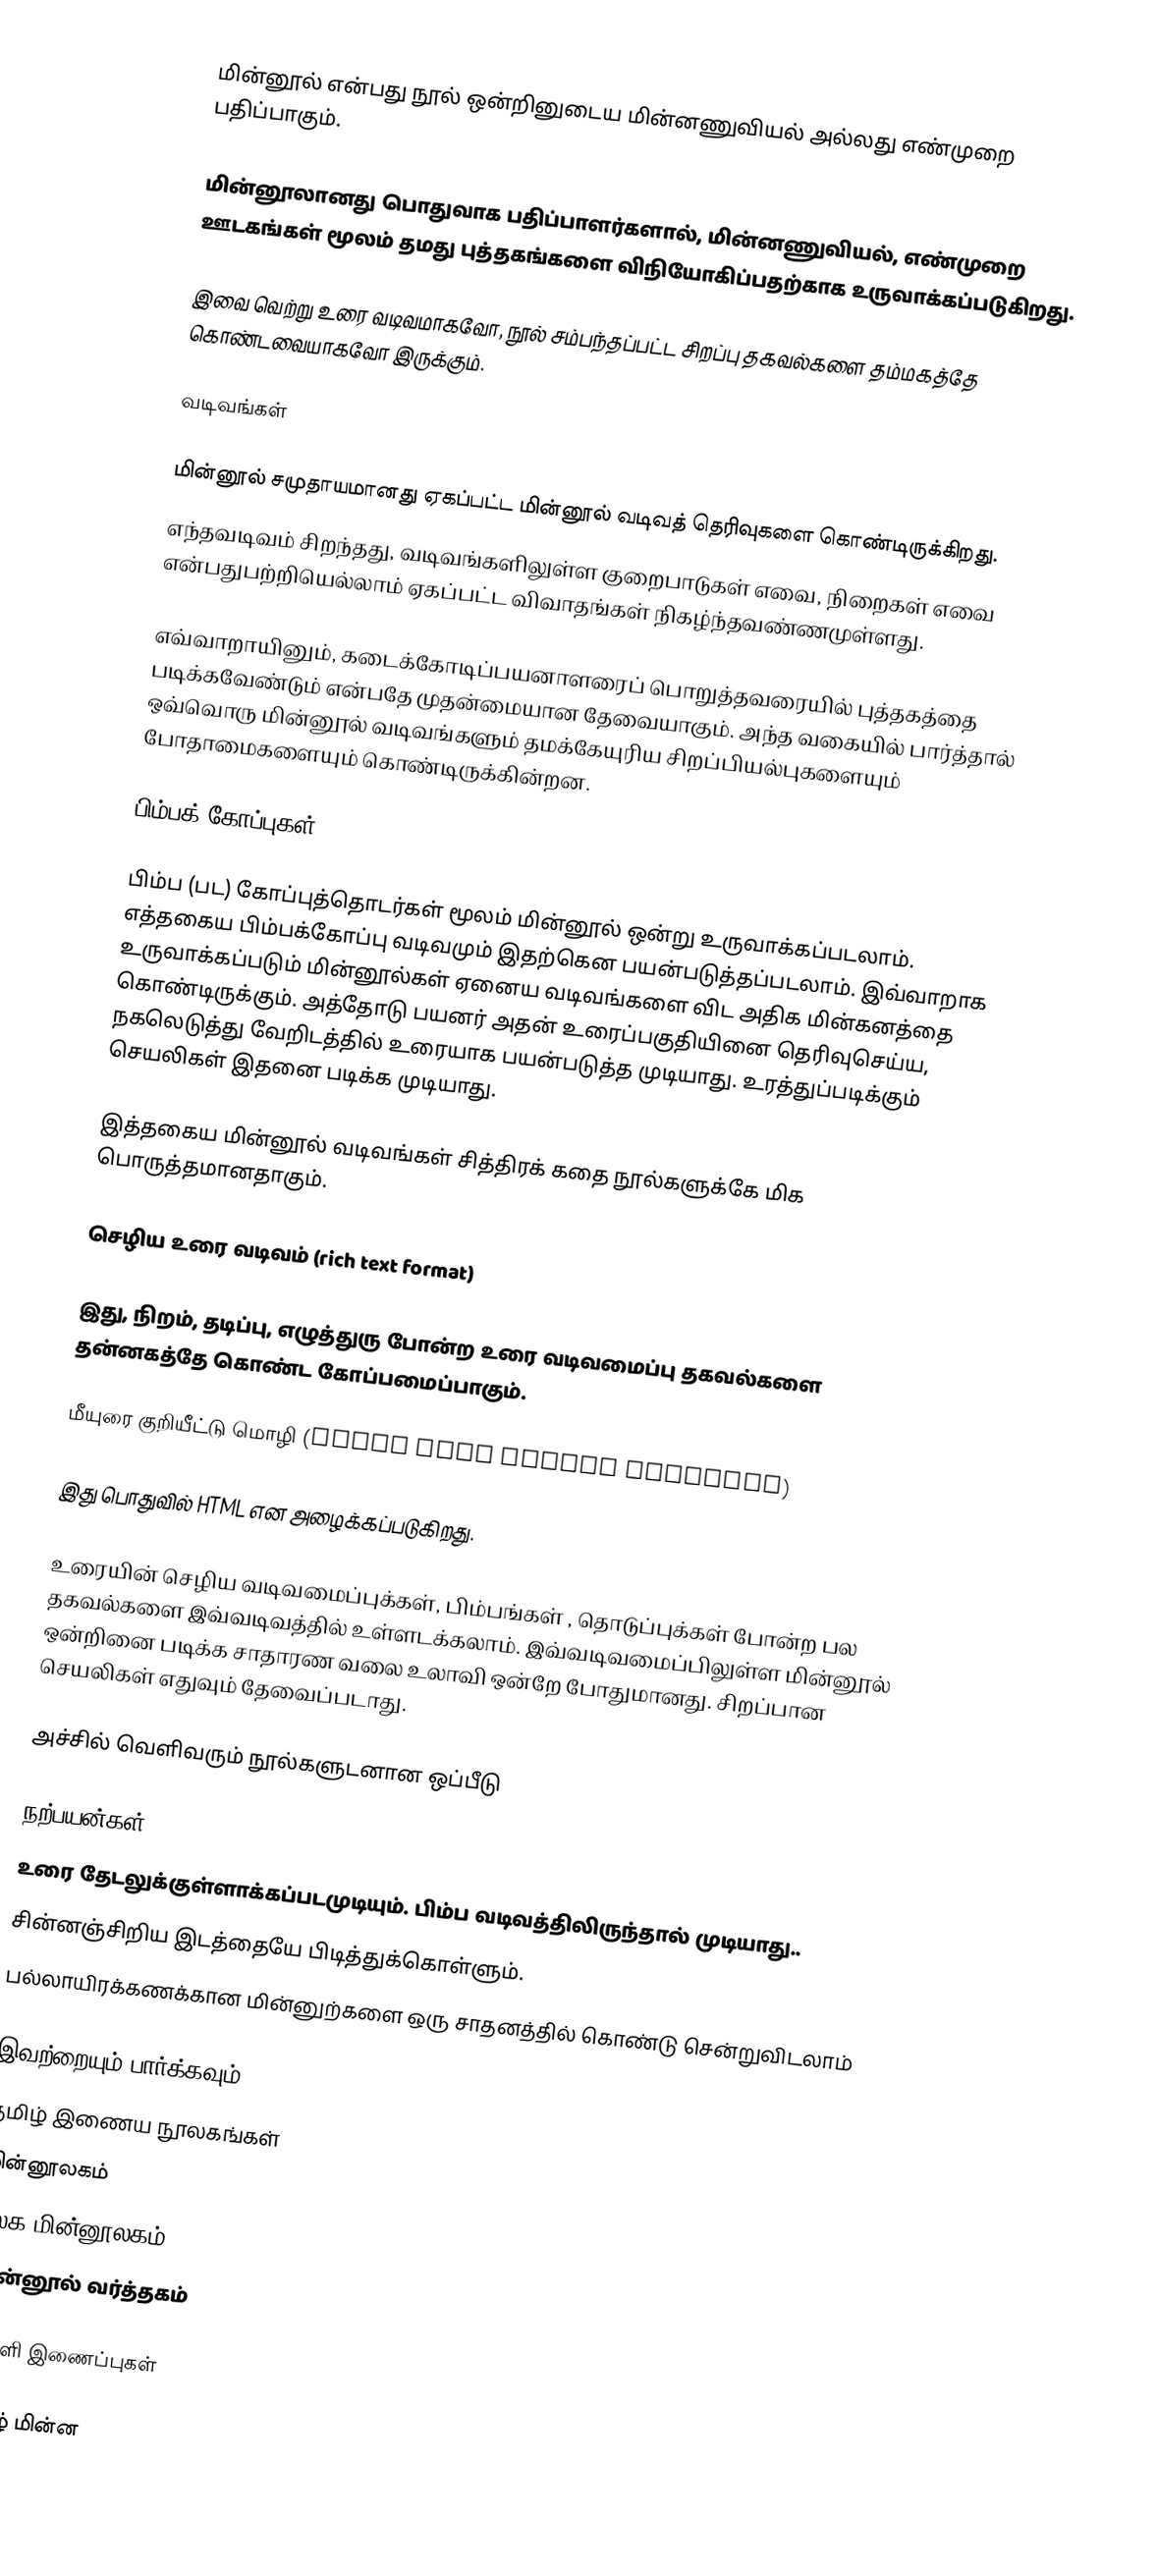
மின்னூல் என்பது நூல் ஒன்றினுடைய மின்னணுவியல் அல்லது எண்முறை பதிப்பாகும்.

மின்னூலானது பொதுவாக பதிப்பாளர்களால், மின்னணுவியல், எண்முறை ஊடகங்கள் மூலம் தமது புத்தகங்களை விநியோகிப்பதற்காக உருவாக்கப்படுகிறது.

இவை வெற்று உரை வடிவமாகவோ, நூல் சம்பந்தப்பட்ட சிறப்பு தகவல்களை தம்மகத்தே கொண்டவையாகவோ இருக்கும்.

வடிவங்கள்

மின்னூல் சமுதாயமானது ஏகப்பட்ட மின்னூல் வடிவத் தெரிவுகளை கொண்டிருக்கிறது.
எந்தவடிவம் சிறந்தது, வடிவங்களிலுள்ள குறைபாடுகள் எவை, நிறைகள் எவை என்பதுபற்றியெல்லாம் ஏகப்பட்ட விவாதங்கள் நிகழ்ந்தவண்ணமுள்ளது.

எவ்வாறாயினும், கடைக்கோடிப்பயனாளரைப் பொறுத்தவரையில் புத்தகத்தை படிக்கவேண்டும் என்பதே முதன்மையான தேவையாகும். அந்த வகையில் பார்த்தால் ஒவ்வொரு மின்னூல் வடிவங்களும் தமக்கேயுரிய சிறப்பியல்புகளையும் போதாமைகளையும் கொண்டிருக்கின்றன.

பிம்பக் கோப்புகள்

பிம்ப (பட) கோப்புத்தொடர்கள் மூலம் மின்னூல் ஒன்று உருவாக்கப்படலாம். எத்தகைய பிம்பக்கோப்பு வடிவமும் இதற்கென பயன்படுத்தப்படலாம். இவ்வாறாக உருவாக்கப்படும் மின்னூல்கள் ஏனைய வடிவங்களை விட அதிக மின்கனத்தை கொண்டிருக்கும். அத்தோடு பயனர் அதன் உரைப்பகுதியினை தெரிவுசெய்ய, நகலெடுத்து வேறிடத்தில் உரையாக பயன்படுத்த முடியாது. உரத்துப்படிக்கும் செயலிகள் இதனை படிக்க முடியாது.

இத்தகைய மின்னூல் வடிவங்கள் சித்திரக் கதை நூல்களுக்கே மிக பொருத்தமானதாகும்.

செழிய உரை வடிவம் (rich text format)

இது, நிறம், தடிப்பு, எழுத்துரு போன்ற உரை வடிவமைப்பு தகவல்களை தன்னகத்தே கொண்ட கோப்பமைப்பாகும்.

மீயுரை குறியீட்டு மொழி (Hyper Text Markup Language)

இது பொதுவில் HTML என அழைக்கப்படுகிறது.

உரையின் செழிய வடிவமைப்புக்கள், பிம்பங்கள் , தொடுப்புக்கள் போன்ற பல தகவல்களை இவ்வடிவத்தில் உள்ளடக்கலாம். இவ்வடிவமைப்பிலுள்ள மின்னூல் ஒன்றினை படிக்க சாதாரண வலை உலாவி ஒன்றே போதுமானது. சிறப்பான செயலிகள் எதுவும் தேவைப்படாது.

அச்சில் வெளிவரும் நூல்களுடனான ஒப்பீடு

நற்பயன்கள்
 உரை தேடலுக்குள்ளாக்கப்படமுடியும். பிம்ப வடிவத்திலிருந்தால் முடியாது..
 சின்னஞ்சிறிய இடத்தையே பிடித்துக்கொள்ளும்.
 பல்லாயிரக்கணக்கான மின்னுற்களை ஒரு சாதனத்தில் கொண்டு சென்றுவிடலாம்

இவற்றையும் பார்க்கவும்
 தமிழ் இணைய நூலகங்கள்
 மின்னூலகம்
 உலக மின்னூலகம்
 மின்னூல் வர்த்தகம்

வெளி இணைப்புகள்

தமிழ் மின்ன